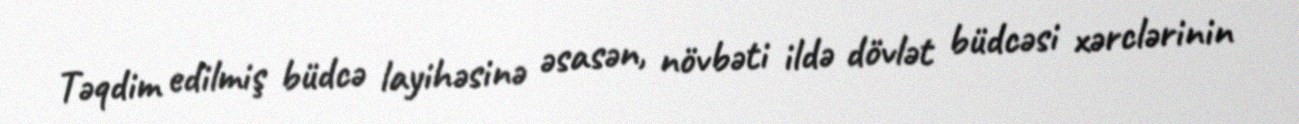
Təqdim edilmiş büdcə layihəsinə əsasən, növbəti ildə dövlət büdcəsi xərclərinin